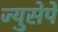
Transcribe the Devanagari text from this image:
ज्युसेपे